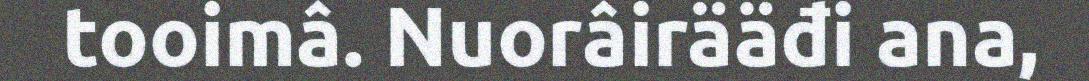
tooimâ. Nuorâirääđi ana,